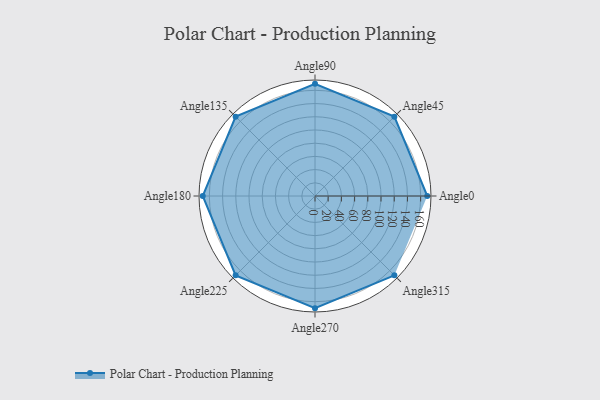
{"axis": {"x": "Angle", "y": "Radius"}, "legend": [""], "data": [{"x": "Angle0", "y": 170, "type": ""}, {"x": "Angle45", "y": 170, "type": ""}, {"x": "Angle90", "y": 170, "type": ""}, {"x": "Angle135", "y": 170, "type": ""}, {"x": "Angle180", "y": 170, "type": ""}, {"x": "Angle225", "y": 170, "type": ""}, {"x": "Angle270", "y": 170, "type": ""}, {"x": "Angle315", "y": 170, "type": ""}]}